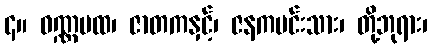
၄။ ဝဏ္ဏပထ၊ ဇာတကနှင့်၊ ဇနကမင်းသား၊ တို့ဘုရား၊